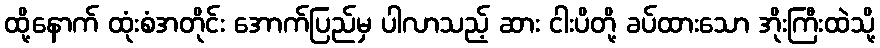
ထို့နောက် ထုံးစံအတိုင်း အောက်ပြည်မှ ပါလာသည့် ဆား ငါးပိတို့ ခပ်ထားသော အိုးကြီးထဲသို့